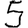
Digit: 5